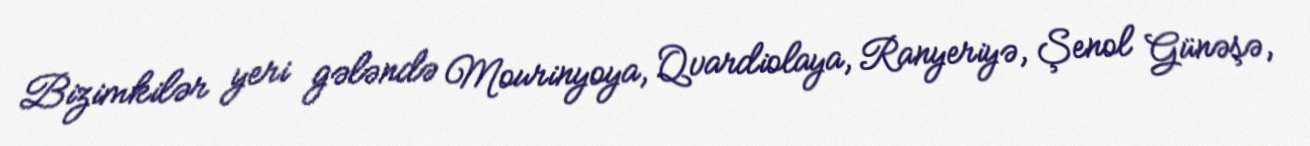
Bizimkilər yeri gələndə Mourinyoya, Qvardiolaya, Ranyeriyə, Şenol Günəşə,